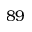
8 9